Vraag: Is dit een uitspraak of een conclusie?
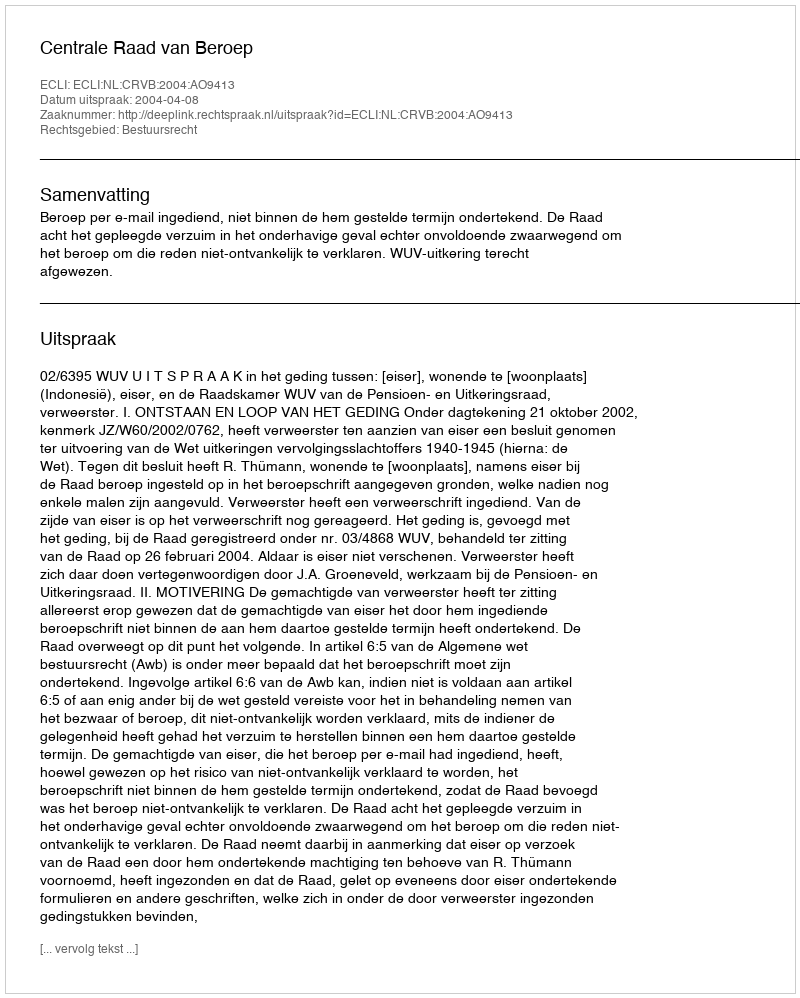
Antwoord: Uitspraak